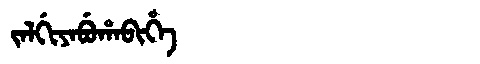
Manchu: ᠵᠠᠯᡤᡳᠶᠠᠪᡠᡥᠠᠪᡳᡥᡝ
Romanization: JALGIYABUHABIHE